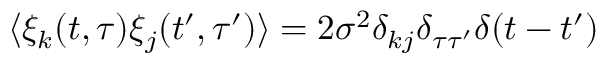
\langle \xi _ { k } ( t , \tau ) \xi _ { j } ( t ^ { \prime } , \tau ^ { \prime } ) \rangle = 2 \sigma ^ { 2 } \delta _ { k j } \delta _ { \tau \tau ^ { \prime } } \delta ( t - t ^ { \prime } )